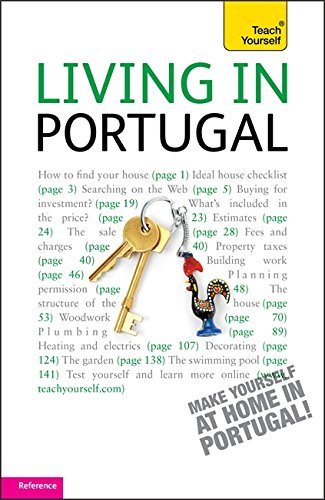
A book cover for Living in Portugal (Teach Yourself); Peter MacBride; Travel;